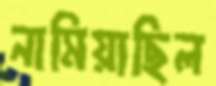
নামিয়াছিল